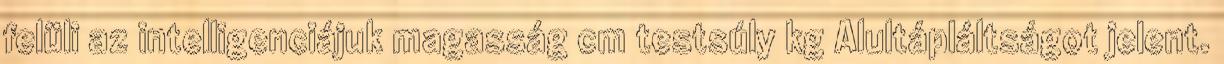
felüli az intelligenciájuk magasság cm testsúly kg Alultápláltságot jelent.